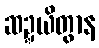
ဆဍ္ဍယိတွာန